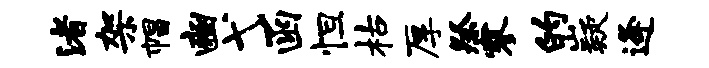
渚架帽豳弋函怛枯厚祭寥的嶷逄